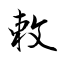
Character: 敕